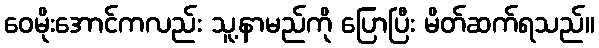
ဝေမိုးအောင်ကလည်း သူ့နာမည်ကို ပြောပြီး မိတ်ဆက်ရသည်။